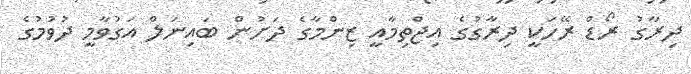
ދިރާގު ރޯޑް ރޭހަކީ ދިރާގުގެ އިޖްތިމާއީ ޒިންމާގެ ދަށުން ބައިނަލް އަގުވާމީ ދުވުމުގެ